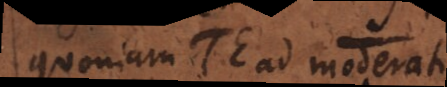
Quoniam Te ad moder